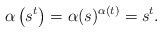
\begin{align*}\alpha\left(s^t \right) = \alpha(s)^{\alpha(t)} = s^t. \end{align*}